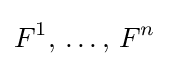
F^{1},\,\ldots ,\,F^{n}